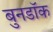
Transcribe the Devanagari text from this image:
बुनडॉक